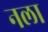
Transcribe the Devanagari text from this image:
नला